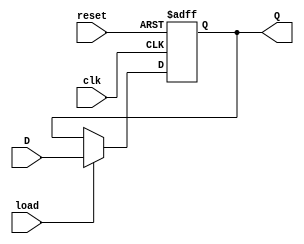
`timescale 1ns / 1ps
/*=================================================================================
 * Project:   CECS 460 Lab 2 - Transmit Engine
 *
 * Notes:     Register(Q) that accepts the value D only if the LOAD flag is active
=================================================================================*/
module loadREG(clk, reset, load, D, Q);
   input clk, reset, load;
   input [7:0] D;
   output reg [7:0] Q;
   
   always @(posedge clk, posedge reset) begin
      if(reset)
         Q <= 16'b0;
      else
         if(load)
            Q <= D;
         else
            Q <= Q;
   end
   
endmodule